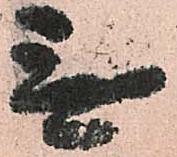
無